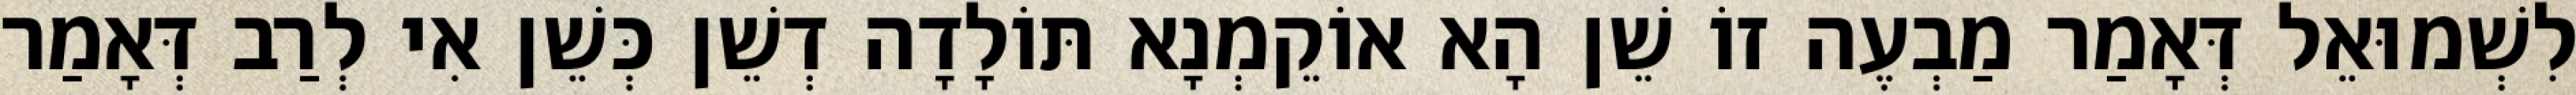
לִשְׁמוּאֵל דְּאָמַר מַבְעֶה זוֹ שֵׁן הָא אוֹקֵמְנָא תּוֹלָדָה דְשֵׁן כְּשֵׁן אִי לְרַב דְּאָמַר